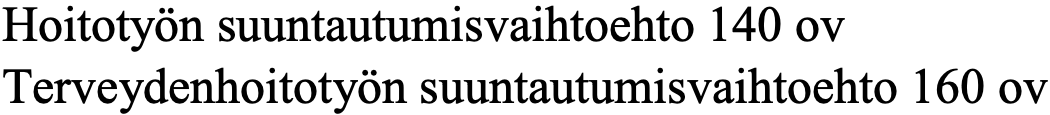
Hoitotyön suuntautumisvaihtoehto 140 ov Terveydenhoitotyön suuntautumisvaihtoehto 160 ov